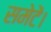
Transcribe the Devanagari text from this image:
समेटें।